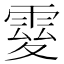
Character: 𩃃